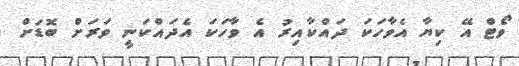
ވޯޓް އޭ ކިޔާ އެވާހަކަ ދައްކާއިރު އެ ވާހަކަ އެދައްކަނީ ވަރަށް ބޮޑަށް